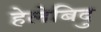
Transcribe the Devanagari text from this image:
हेलेबिदु